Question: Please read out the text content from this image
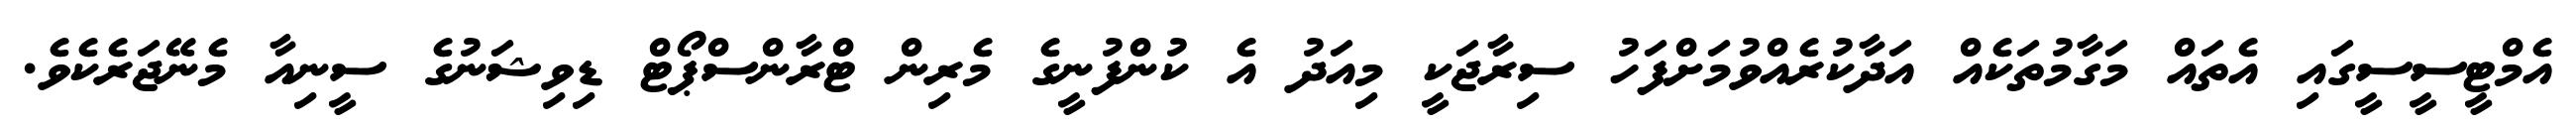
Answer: އެމްޓީސީސީގައި އެތައް މަގާމުތަކެއް އަދާކުރެއްވުމަށްފަހު ސިރާޖަކީ މިއަދު އެ ކުންފުނީގެ މެރިން ޓްރާންސްޕޯޓް ޑިވިޝަނުގެ ސީނިއާ މެނޭޖަރެކެވެ.